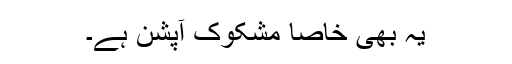
یہ بھی خاصا مشکوک آپشن ہے۔